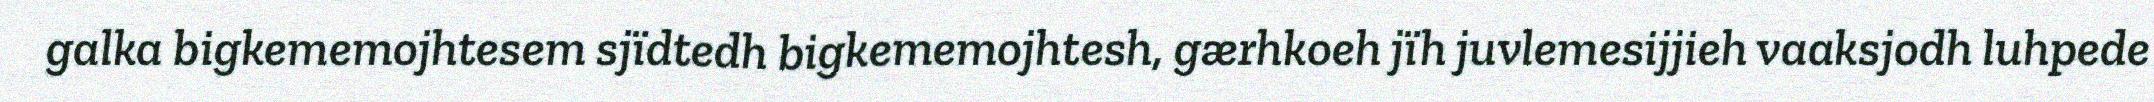
galka bigkememojhtesem sjïdtedh bigkememojhtesh, gærhkoeh jïh juvlemesijjieh vaaksjodh luhpede